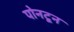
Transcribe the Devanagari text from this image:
पोनटून